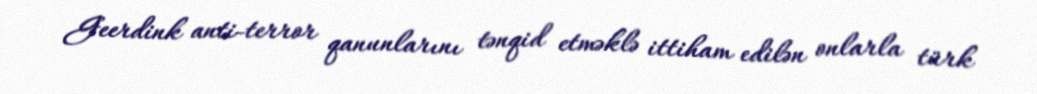
Geerdink anti-terror qanunlarını tənqid etməklə ittiham edilən onlarla türk